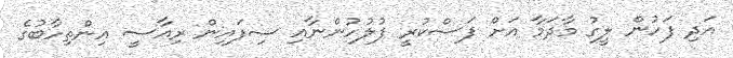
އަދި ފަހުން ލީގު މާދަމާ އަށް ފަސްކުރީ ފުލުހުންނާއި ސިފައިން ރިއާސީ އިންތިހާބުގެ